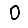
Digit: 0